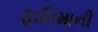
ફાતિમાની